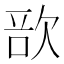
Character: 𣣂